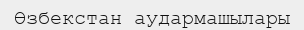
Өзбекстан аудармашылары